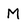
Character: M